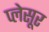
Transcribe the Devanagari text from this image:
प्लेसूर